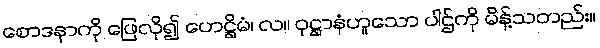
စောဒနာကို ဖြေလို၍ ဟေဋ္ဌိမံ၊ လ။ ဝုဋ္ဌာနံဟူသော ပါဌ်ကို မိန့်သတည်း။